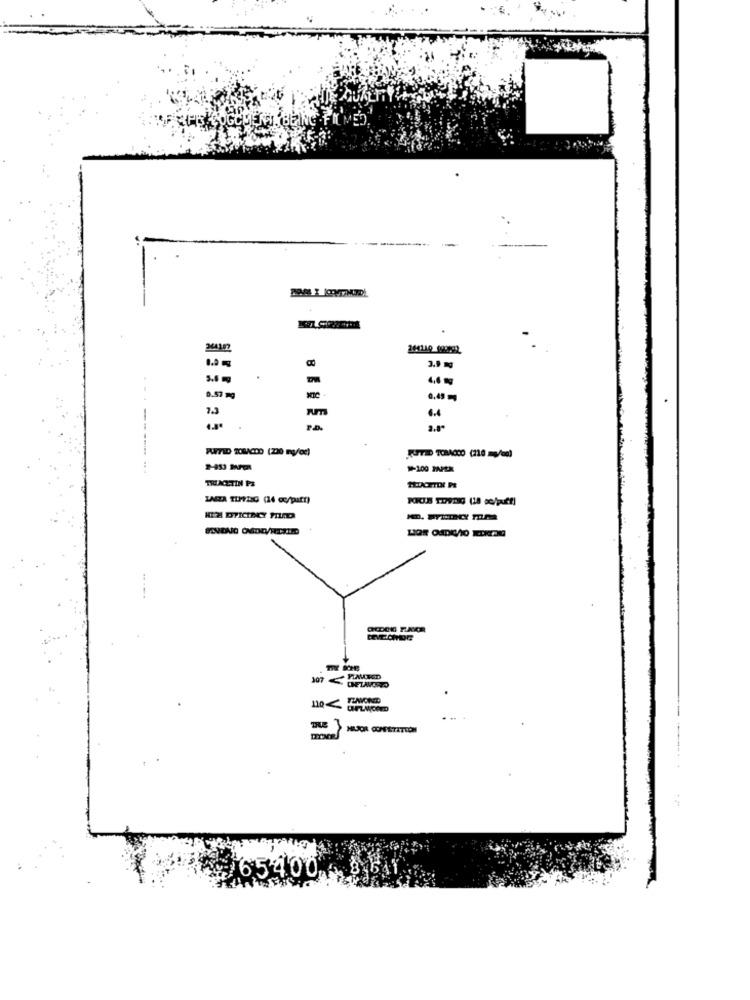
244142
0.57 mg
7.3
4.4
₩-100 PAPER
TRIACETIN PS
:
107 HAMID
110<
65400